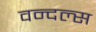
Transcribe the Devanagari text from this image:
वन्दल्स